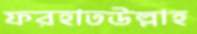
ফরহাতউল্লাহ